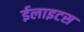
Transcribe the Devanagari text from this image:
ईलाइटस